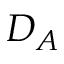
D _ { A }